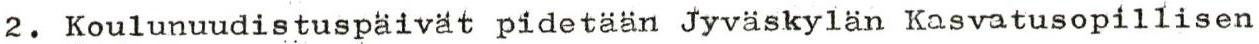
2. Koulunuudistuspäivät pidetään Jyväskylän Kasvatusopillisen